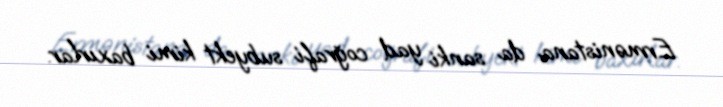
Ermənistana da sanki yad coğrafi subyekt kimi baxırlar.